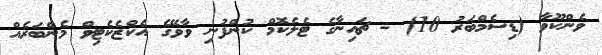
ވެންކޫވާ (ޑިސެމްބަރު 10) - ޗައިނާގެ ޓެލެކޮމް ކުންފުނި ވާވޭގެ އެކްޒެކެޓިވް މެންބަރެއް